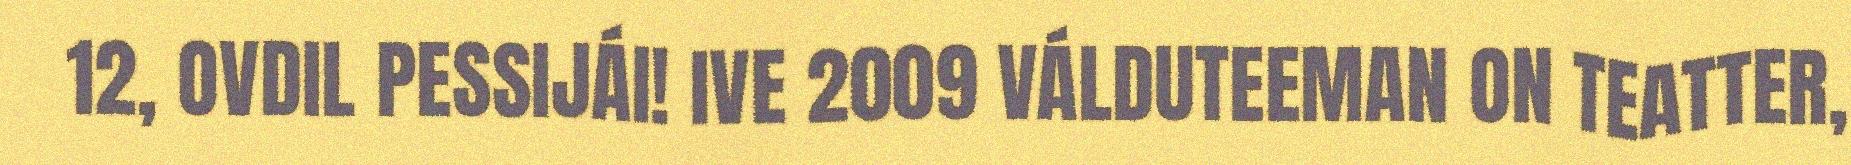
12, OVDIL PESSIJÁI! IVE 2009 VÁLDUTEEMAN ON TEATTER,